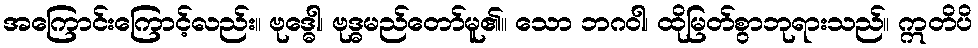
အကြောင်းကြောင့်လည်း။ ဗုဒ္ဓေါ၊ ဗုဒ္ဓမည်တော်မူ၏။ သော ဘဂဝါ၊ ထိုမြတ်စွာဘုရားသည်။ ဣတိပိ